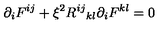
{ \partial } _ { i } F ^ { i j } + { \xi } ^ { 2 } { R ^ { i j } } _ { k l } { \partial } _ { i } F ^ { k l } = 0